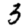
Digit: 3